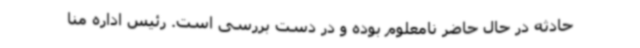
حادثه در حال حاضر نامعلوم بوده و در دست بررسی است. رئیس اداره منا